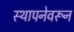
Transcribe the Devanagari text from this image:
स्थापनेवरून